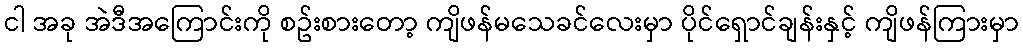
ငါ အခု အဲဒီအကြောင်းကို စဥ်းစားတော့ ကျိဖန်မသေခင်လေးမှာ ပိုင်ရှောင်ချန်းနှင့် ကျိဖန်ကြားမှာ